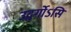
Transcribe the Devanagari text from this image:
उद्वर्गोऽसि